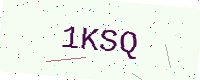
Text: 1KSQ